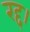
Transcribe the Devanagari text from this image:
रद्द।